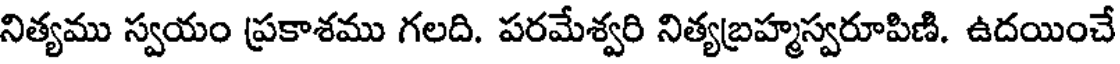
నిత్యము స్వయం ప్రకాశము గలది. పరమేశ్వరి నిత్యబ్రహ్మస్వరూపిణి. ఉదయించే